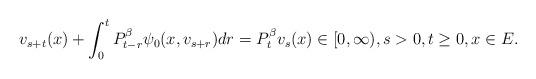
LaTeX: \begin{align*} v_{s+t}(x) + \int_0^t P^\beta_{t-r} \psi_0(x,v_{s+r}) dr = P^\beta_t v_s(x) \in [0,\infty), s>0, t \geq 0,x \in E. \end{align*}